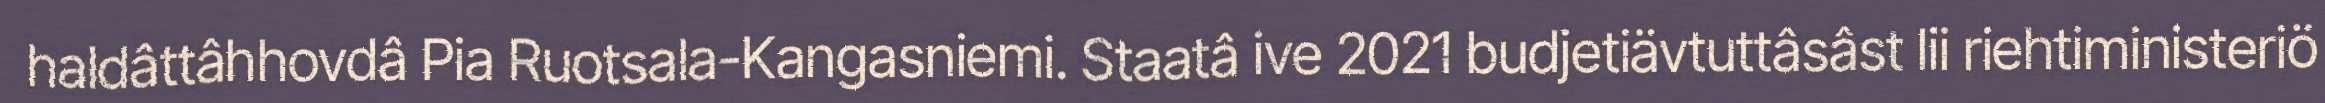
haldâttâhhovdâ Pia Ruotsala-Kangasniemi. Staatâ ive 2021 budjetiävtuttâsâst lii riehtiministeriö